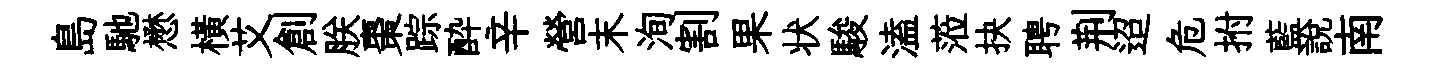
島馳懋橫艾創朕棗踪酔辛營末洵割果状駿溘蒞抉聘荆迢危拊藍説南